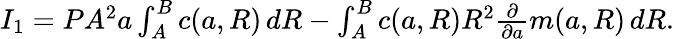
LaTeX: \begin{array}{r}{I_{1}=PA^{2}{a}\int_{A}^{B}c({a},R)\, dR-\int_{A}^{B}c({a},R)R^{2}\frac{\partial}{\partial{a}}m({a},R)\, dR.}\end{array}